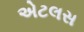
એટલસ